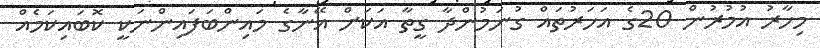
މިހާރު އުމުރުން 20ގެ އަހަރުތައް ގުނަމުންދާ ގީތާ އަކަށް އޭނާގެ މައިންބަފައިންނަކީ ކޮބައިކަމެއް